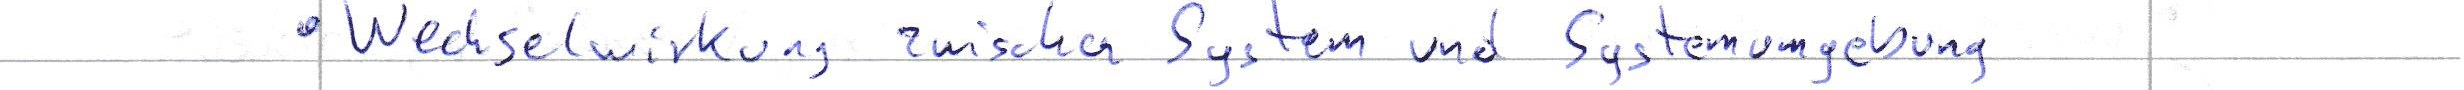
Wechselwirkung zwischen System und Systemumgebung